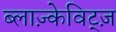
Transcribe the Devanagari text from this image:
ब्लाज़्केविट्ज़